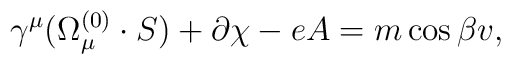
\gamma^{\mu}(\Omega_{\mu}^{(0)}\cdot S) + \partial\chi -eA =m\cos{\beta}v  ,